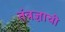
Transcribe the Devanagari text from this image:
तंत्रज्ञाची